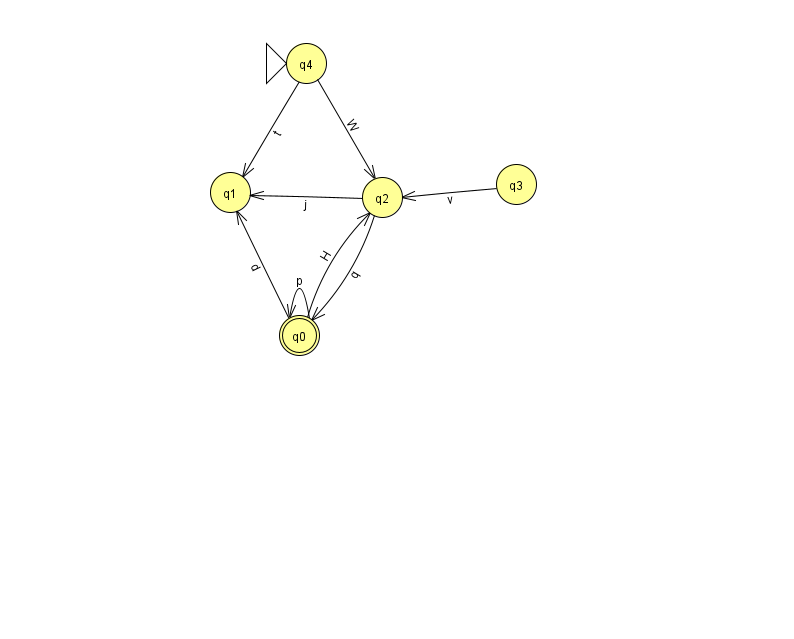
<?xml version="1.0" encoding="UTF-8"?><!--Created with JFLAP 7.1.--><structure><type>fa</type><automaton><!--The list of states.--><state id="0" name="q0"><x>299.0</x><y>322.0</y><final/></state><state id="1" name="q1"><x>230.0</x><y>179.0</y></state><state id="2" name="q2"><x>382.0</x><y>184.0</y></state><state id="3" name="q3"><x>516.0</x><y>171.0</y></state><state id="4" name="q4"><x>306.0</x><y>50.0</y><initial/></state><!--The list of transitions.--><transition><from>0</from><to>0</to><read>p</read></transition><transition><from>0</from><to>1</to><read>d</read></transition><transition><from>3</from><to>2</to><read>v</read></transition><transition><from>2</from><to>0</to><read>q</read></transition><transition><from>2</from><to>1</to><read>j</read></transition><transition><from>0</from><to>2</to><read>H</read></transition><transition><from>4</from><to>1</to><read>t</read></transition><transition><from>4</from><to>2</to><read>W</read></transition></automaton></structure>